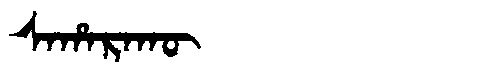
Manchu: ᠰᠠᡥᠠᡵᠠᡴᡡ
Romanization: SAHARAKŪ